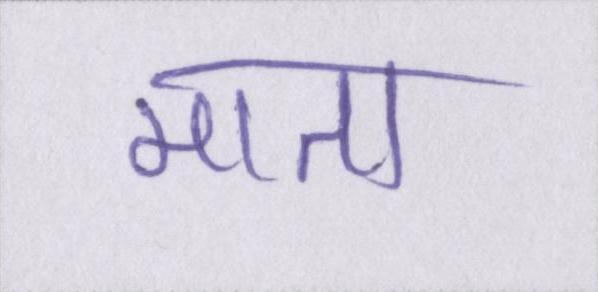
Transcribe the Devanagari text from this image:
माता